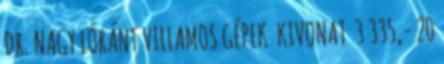
DR. NAGY LÓRÁNT VILLAMOS GÉPEK KIVONAT 3 335,- 20